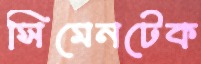
সিমেনটেক